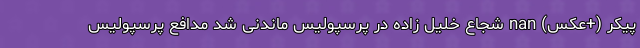
پیکر (+عکس) nan شجاع خلیل زاده در پرسپولیس ماندنی شد مدافع پرسپولیس